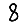
Digit: 8